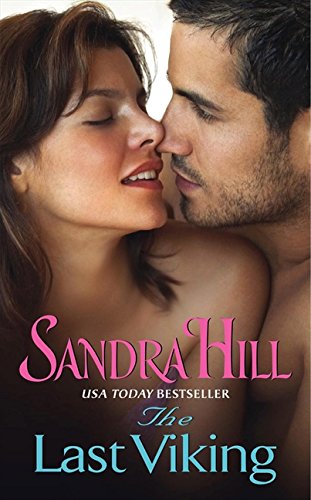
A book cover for The Last Viking (Viking II); Sandra Hill; Romance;